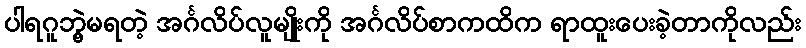
ပါရဂူဘွဲ့မရတဲ့ အင်္ဂလိပ်လူမျိုးကို အင်္ဂလိပ်စာကထိက ရာထူးပေးခဲ့တာကိုလည်း